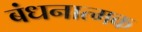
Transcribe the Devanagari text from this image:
बंधनात्मक